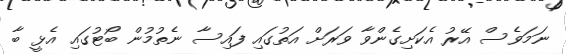
ނަމަވެސް އޭރު އެކަށިގެންވާ ވަރަށް އަތުގައި ފައިސާ ނެތުމުން ބޯޓުގައި އެޅީ ބާ